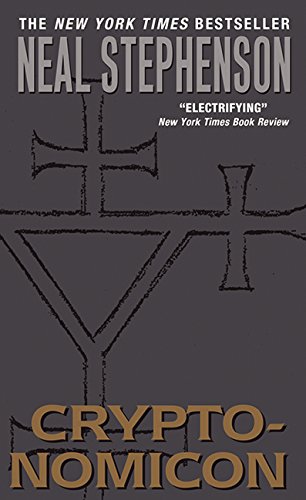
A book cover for Cryptonomicon; Neal Stephenson; Science Fiction & Fantasy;